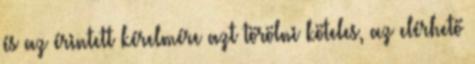
és az érintett kérelmére azt törölni köteles, az elérhető